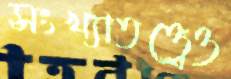
সংখ্যাতত্ত্বেও